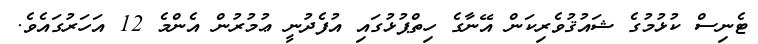
ޓެނިސް ކުޅުމުގެ ޝައުޤުވެރިކަން އޭނާގެ ހިތްޕުޅުގައި އުފެދުނީ ޢުމުރުން އެންމެ 12 އަހަރުގައެވެ.